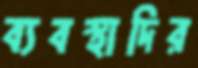
ব্যবস্থাদির